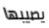
يصيبها